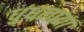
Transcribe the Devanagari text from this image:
धुंधलाया